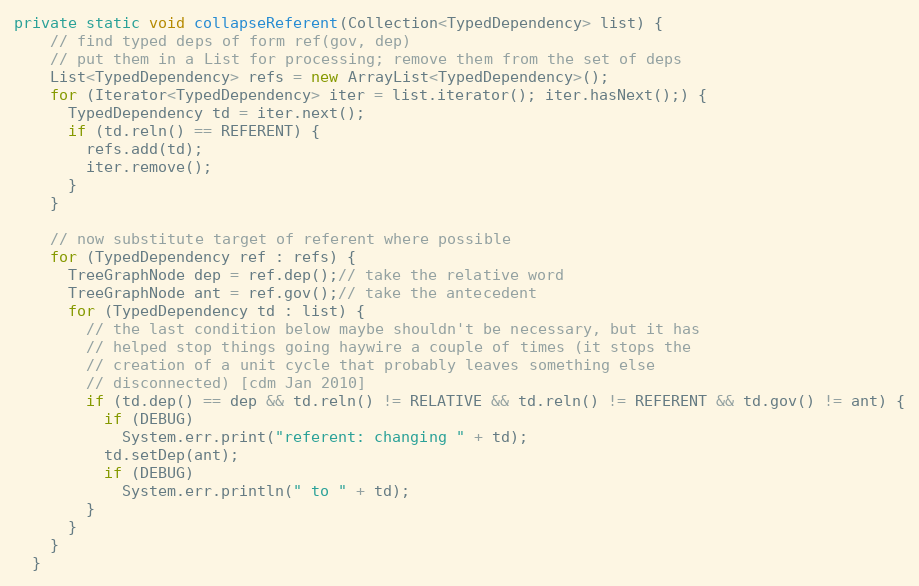
Language: Java
private static void collapseReferent(Collection<TypedDependency> list) {
    // find typed deps of form ref(gov, dep)
    // put them in a List for processing; remove them from the set of deps
    List<TypedDependency> refs = new ArrayList<TypedDependency>();
    for (Iterator<TypedDependency> iter = list.iterator(); iter.hasNext();) {
      TypedDependency td = iter.next();
      if (td.reln() == REFERENT) {
        refs.add(td);
        iter.remove();
      }
    }

    // now substitute target of referent where possible
    for (TypedDependency ref : refs) {
      TreeGraphNode dep = ref.dep();// take the relative word
      TreeGraphNode ant = ref.gov();// take the antecedent
      for (TypedDependency td : list) {
        // the last condition below maybe shouldn't be necessary, but it has
        // helped stop things going haywire a couple of times (it stops the
        // creation of a unit cycle that probably leaves something else
        // disconnected) [cdm Jan 2010]
        if (td.dep() == dep && td.reln() != RELATIVE && td.reln() != REFERENT && td.gov() != ant) {
          if (DEBUG)
            System.err.print("referent: changing " + td);
          td.setDep(ant);
          if (DEBUG)
            System.err.println(" to " + td);
        }
      }
    }
  }